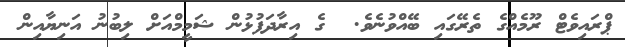
ޕްރައިވެޓް ރޫމެއްގެ ތެރޭގައި ބޭއްވުނެވެ.  ގެ އިރާދަފުޅުން ޝަމީމްއަށް ލިބުނު އަނިޔާއިން